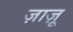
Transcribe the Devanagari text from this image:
ज़ाज़ू